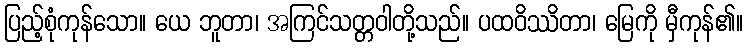
ပြည့်စုံကုန်သော။ ယေ ဘူတာ၊ အကြင်သတ္တဝါတို့သည်။ ပထဝိဿိတာ၊ မြေကို မှီကုန်၏။